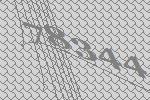
78344